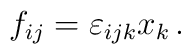
f_{ij} = \varepsilon_{ijk}x_k   \, .